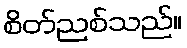
စိတ်ညစ်သည်။